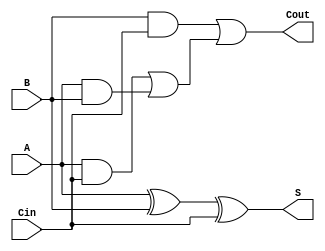
// Copyright (C) 1991-2010 Altera Corporation
// Your use of Altera Corporation's design tools, logic functions 
// and other software and tools, and its AMPP partner logic 
// functions, and any output files from any of the foregoing 
// (including device programming or simulation files), and any 
// associated documentation or information are expressly subject 
// to the terms and conditions of the Altera Program License 
// Subscription Agreement, Altera MegaCore Function License 
// Agreement, or other applicable license agreement, including, 
// without limitation, that your use is for the sole purpose of 
// programming logic devices manufactured by Altera and sold by 
// Altera or its authorized distributors.  Please refer to the 
// applicable agreement for further details.

// PROGRAM		"Quartus II"
// VERSION		"Version 10.0 Build 218 06/27/2010 SJ Full Version"
// CREATED		"Sat Oct 06 20:00:22 2018"

module adderlab(
	A,
	B,
	Cin,
	S,
	Cout
);


input wire	A;
input wire	B;
input wire	Cin;
output wire	S;
output wire	Cout;

wire	SYNTHESIZED_WIRE_0;
wire	SYNTHESIZED_WIRE_1;
wire	SYNTHESIZED_WIRE_2;
wire	SYNTHESIZED_WIRE_3;
wire	SYNTHESIZED_WIRE_4;


assign	SYNTHESIZED_WIRE_0 = A ^ B;

assign	S = SYNTHESIZED_WIRE_0 ^ Cin;

assign	SYNTHESIZED_WIRE_2 = A & B;

assign	SYNTHESIZED_WIRE_1 = A & Cin;

assign	SYNTHESIZED_WIRE_3 = B & Cin;

assign	SYNTHESIZED_WIRE_4 = SYNTHESIZED_WIRE_1 | SYNTHESIZED_WIRE_2;

assign	Cout = SYNTHESIZED_WIRE_3 | SYNTHESIZED_WIRE_4;


endmodule